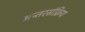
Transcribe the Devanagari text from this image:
अन्तरसंक्रिय